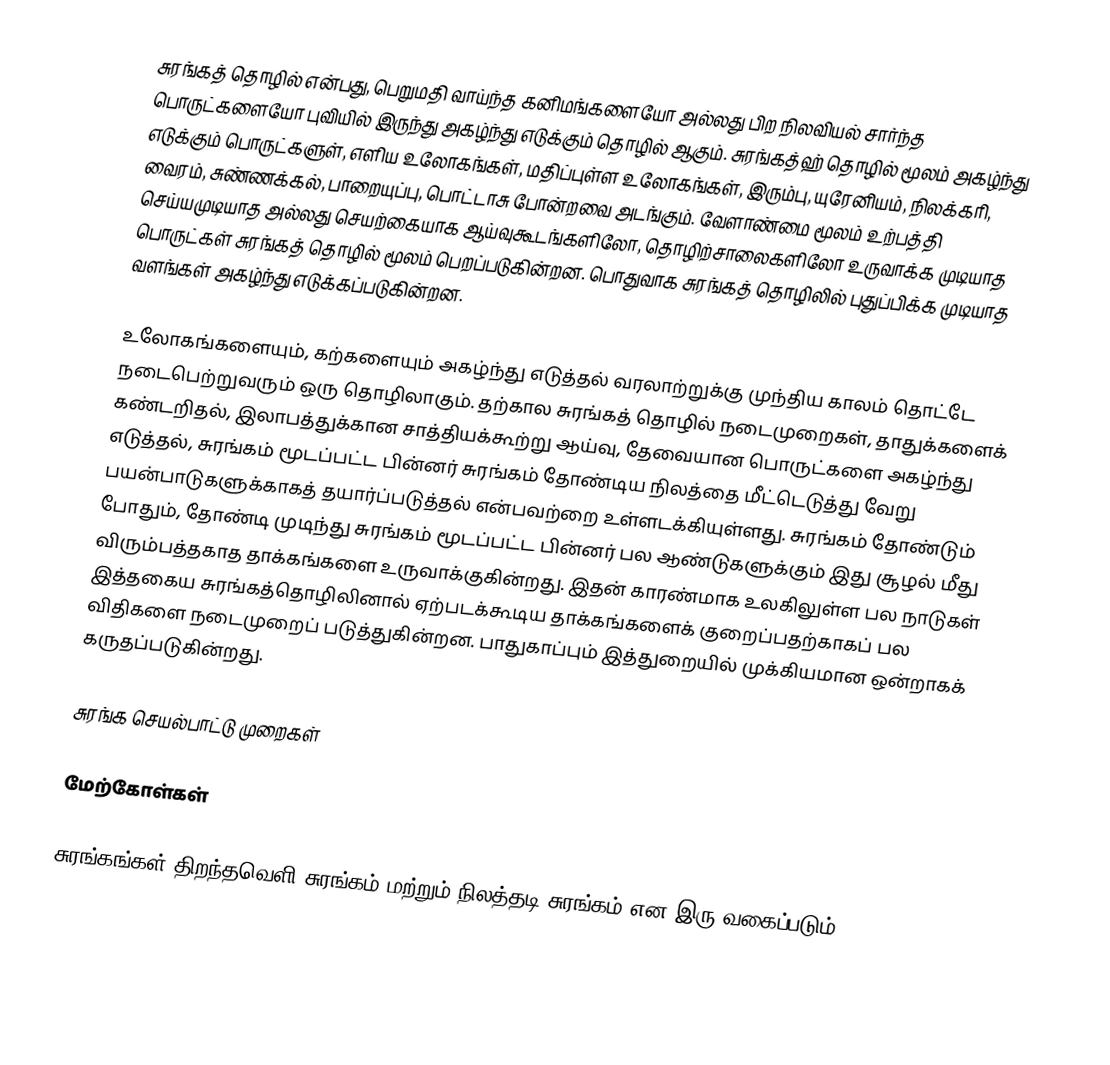
சுரங்கத் தொழில் என்பது, பெறுமதி வாய்ந்த கனிமங்களையோ அல்லது பிற நிலவியல் சார்ந்த பொருட்களையோ புவியில் இருந்து அகழ்ந்து எடுக்கும் தொழில் ஆகும். சுரங்கத்ஹ் தொழில் மூலம் அகழ்ந்து எடுக்கும் பொருட்களுள், எளிய உலோகங்கள், மதிப்புள்ள உலோகங்கள், இரும்பு, யுரேனியம், நிலக்கரி, வைரம், சுண்ணக்கல், பாறையுப்பு, பொட்டாசு போன்றவை அடங்கும். வேளாண்மை மூலம் உற்பத்தி செய்யமுடியாத அல்லது செயற்கையாக ஆய்வுகூடங்களிலோ, தொழிற்சாலைகளிலோ உருவாக்க முடியாத பொருட்கள் சுரங்கத் தொழில் மூலம் பெறப்படுகின்றன. பொதுவாக சுரங்கத் தொழிலில் புதுப்பிக்க முடியாத வளங்கள் அகழ்ந்து எடுக்கப்படுகின்றன.

உலோகங்களையும், கற்களையும் அகழ்ந்து எடுத்தல் வரலாற்றுக்கு முந்திய காலம் தொட்டே நடைபெற்றுவரும் ஒரு தொழிலாகும். தற்கால சுரங்கத் தொழில் நடைமுறைகள், தாதுக்களைக் கண்டறிதல், இலாபத்துக்கான சாத்தியக்கூற்று ஆய்வு, தேவையான பொருட்களை அகழ்ந்து எடுத்தல், சுரங்கம் மூடப்பட்ட பின்னர் சுரங்கம் தோண்டிய நிலத்தை மீட்டெடுத்து வேறு பயன்பாடுகளுக்காகத் தயார்ப்படுத்தல் என்பவற்றை உள்ளடக்கியுள்ளது. சுரங்கம் தோண்டும் போதும், தோண்டி முடிந்து சுரங்கம் மூடப்பட்ட பின்னர் பல ஆண்டுகளுக்கும் இது சூழல் மீது விரும்பத்தகாத தாக்கங்களை உருவாக்குகின்றது. இதன் காரண்மாக உலகிலுள்ள பல நாடுகள் இத்தகைய சுரங்கத்தொழிலினால் ஏற்படக்கூடிய தாக்கங்களைக் குறைப்பதற்காகப் பல விதிகளை நடைமுறைப் படுத்துகின்றன. பாதுகாப்பும் இத்துறையில் முக்கியமான ஒன்றாகக் கருதப்படுகின்றது.

சுரங்க செயல்பாட்டு முறைகள்

மேற்கோள்கள்

சுரங்கங்கள் திறந்தவெளி சுரங்கம் மற்றும் நிலத்தடி சுரங்கம் என இரு வகைப்படும்.